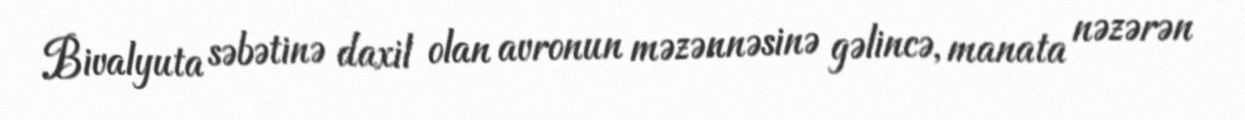
Bivalyuta səbətinə daxil olan avronun məzənnəsinə gəlincə, manata nəzərən